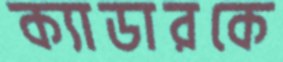
ক্যাডারকে